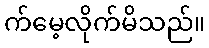
က်မေ့လိုက်မိသည်။